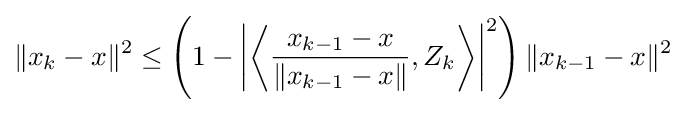
\|x_{k}-x\|^{2}\leq \left(1-\left|\left\langle {\frac {x_{k-1}-x}{\|x_{k-1}-x\|}},Z_{k}\right\rangle \right|^{2}\right){\|x_{k-1}-x\|^{2}}